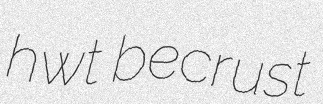
hwt becrust